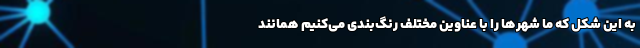
به این شکل که ما شهرها را با عناوین مختلف رنگ‌بندی می‌کنیم همانند